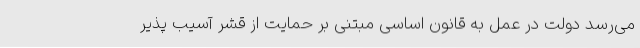
می‌رسد دولت در عمل به قانون اساسی مبتنی بر حمایت از قشر آسیب پذیر